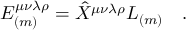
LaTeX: E _ { ( m ) } ^ { \mu \nu \lambda \rho } = \hat { X } ^ { \mu \nu \lambda \rho } L _ { ( m ) } ~ ~ ~ .